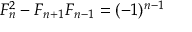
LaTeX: F _ { n } ^ { 2 } - F _ { n + 1 } F _ { n - 1 } = ( - 1 ) ^ { n - 1 }